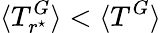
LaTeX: \langle T_{r^{\star}}^{G}\rangle<\langle T^{G}\rangle